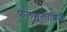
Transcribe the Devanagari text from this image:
फलमूलाशिनौ